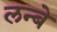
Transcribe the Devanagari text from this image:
लन्बे